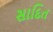
સાદિત